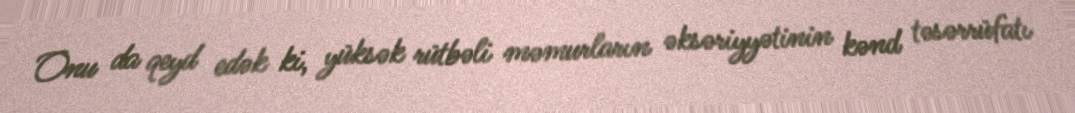
Onu da qeyd edək ki, yüksək rütbəli məmurların əksəriyyətinin kənd təsərrüfatı